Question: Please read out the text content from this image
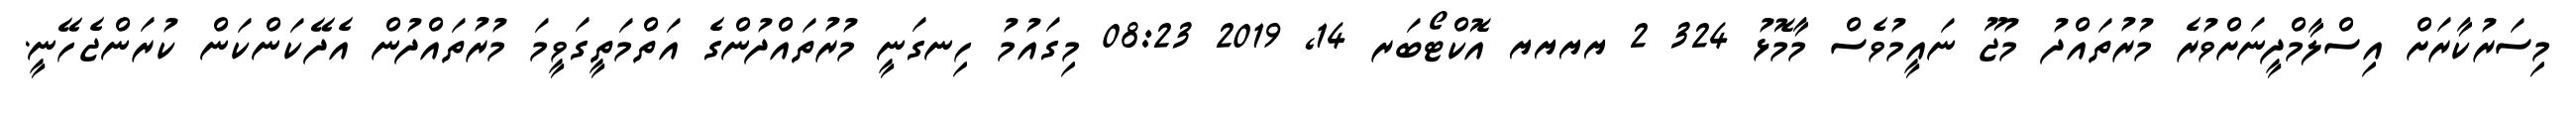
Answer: މިސަރުކާރަށް އިސްލާމްދީނަށްވުރެ މުރުތައްދު މުޖޫ ނައީމުވެސް މާމޮޅު 324 2 ޔޔޔޔ އޮކްޓޯބަރ 14, 2019 08:23 މިގައުމު ހިނގަނީ މުރުތައްދުންގެ އަތްމަތީގަވީމަ މުރުތައްދުން އެދޭކަންކަން ކުރަންޖެހޭނީ.